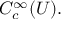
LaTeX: C _ { c } ^ { \infty } ( U ) .